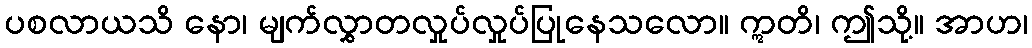
ပစလာယသိ နော၊ မျက်လွှာတလှုပ်လှုပ်ပြုနေသလော။ ဣတိ၊ ဤသို့။ အာဟ၊